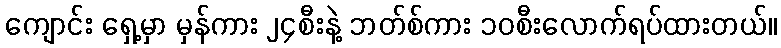
ကျောင်း ရှေ့မှာ မှန်ကား ၂၄စီးနဲ့ ဘတ်စ်ကား ၁၀စီးလောက်ရပ်ထားတယ်။